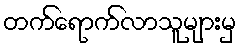
တက်ရောက်လာသူများမှ